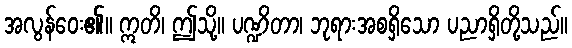
အလွန်ဝေး၏။ ဣတိ၊ ဤသို့။ ပဏ္ဍိတာ၊ ဘုရားအစရှိသော ပညာရှိတို့သည်။